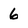
Character: 6